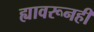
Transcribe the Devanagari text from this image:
ह्यावरूनही